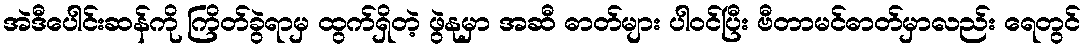
အဲဒီပေါင်းဆန်ကို ကြိတ်ခွဲရာမှ ထွက်ရှိတဲ့ ဖွဲနုမှာ အဆီ ဓာတ်များ ပါဝင်ပြီး ဗီတာမင်ဓာတ်မှာလည်း ရေတွင်